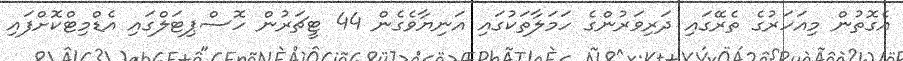
އެގޮތުން މިއަހަރުގެ ތެރޭގައި ދަރިވަރުންގެ ހަމަލާތަކުގައި އަނިޔާވެގެން 44 ޓީޗަރުން ހޮސްޕިޓަލްގައި އެޑްމިޓްކޮށްފައި